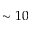
\sim 1 0